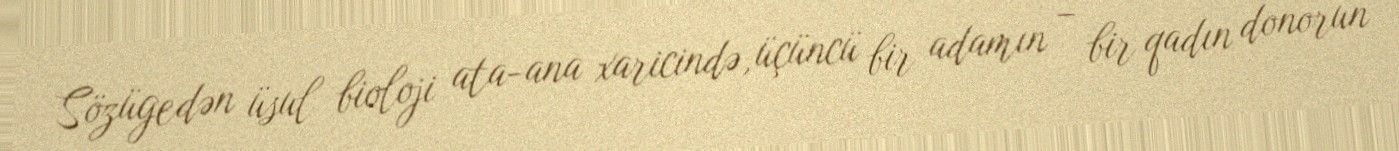
Sözügedən üsul bioloji ata-ana xaricində, üçüncü bir adamın – bir qadın donorun